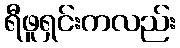
ရီဖူရှင်းကလည်း